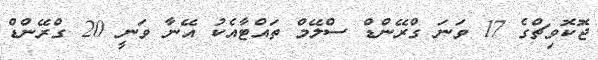
ޖޮކޮވިޗްގެ 17 ވަނަ ގްރޭންޑް ސްލޭމް ތައްޓާއެކު އޭނާ ވަނީ 20 ގްރޭންޑް